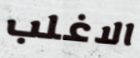
الاغلب